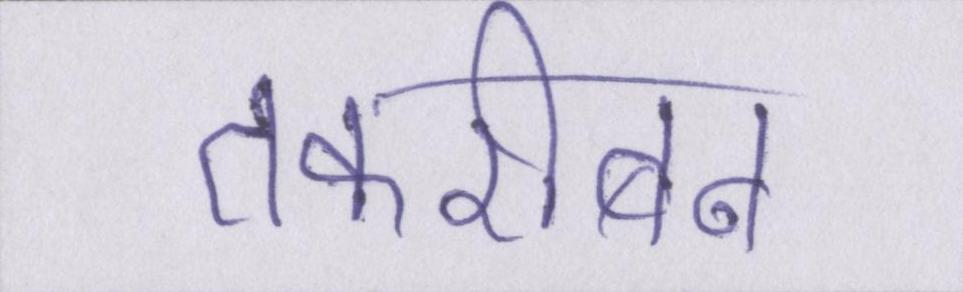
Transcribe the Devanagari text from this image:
तकरीबन